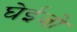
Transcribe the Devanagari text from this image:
घेईजो